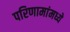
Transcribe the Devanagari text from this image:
परिणामांमध्ये